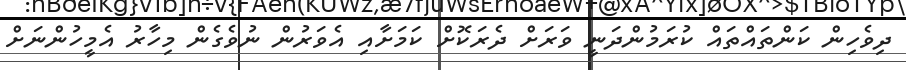
ދިވެހިން ކަންތައްތައް ކުރަމުންދަނީ ވަރަށް ދެރަކޮށް ކަމަށާއި އެވަރުން ނުވެގެން މިހާރު އެމީހުންނަށް